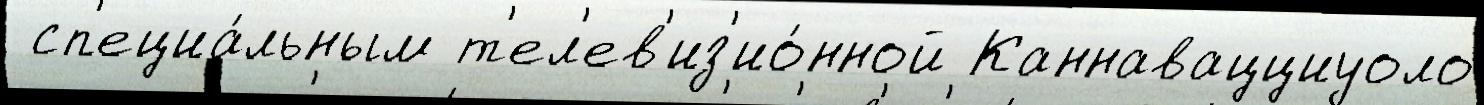
 сп'ециа́льным т'ел'ев'из'ио́нной Каннавацциуоло